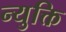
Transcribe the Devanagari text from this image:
न्युक्ति